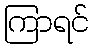
ကြာရင်